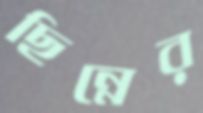
ছিন্নের